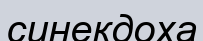
синекдоха